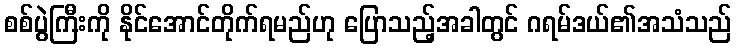
စစ်ပွဲကြီးကို နိုင်အောင်တိုက်ရမည်ဟု ပြောသည့်အခါတွင် ဂရမ်ဒယ်၏အသံသည်